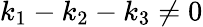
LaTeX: k_{1}-k_{2}-k_{3}\neq 0